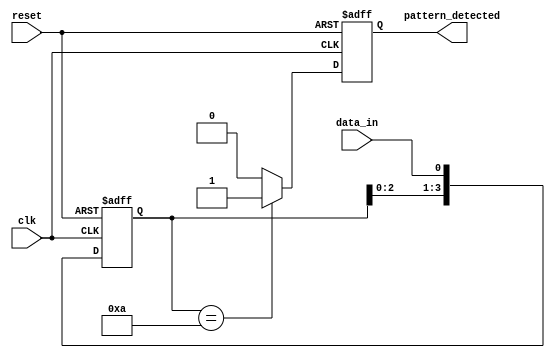
module pattern_detector (
    input wire clk,          // Clock signal
    input wire reset,        // Reset signal
    input wire data_in,      // Input data stream
    output reg pattern_detected // Output signal indicating pattern detection
);

// Parameters
parameter PATTERN_LENGTH = 4; // Length of the pattern to be detected
parameter [PATTERN_LENGTH-1:0] PATTERN = 4'b1010; // Example pattern

// Flip-flops to store the state
reg [PATTERN_LENGTH-1:0] shift_reg;

// Sequential logic for state transition
always @(posedge clk or posedge reset) begin
    if (reset) begin
        shift_reg <= 0; // Initialize flip-flops to zero
        pattern_detected <= 0; // Reset output
    end else begin
        // Shift the register and load new input
        shift_reg <= {shift_reg[PATTERN_LENGTH-2:0], data_in};
        
        // Check for pattern match
        if (shift_reg == PATTERN) begin
            pattern_detected <= 1; // Pattern detected
        end else begin
            pattern_detected <= 0; // No match
        end
    end
end

endmodule